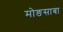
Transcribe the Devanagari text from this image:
मोङसाबा